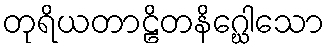
တုရိယတာဠိတနိဂ္ဃေါသော